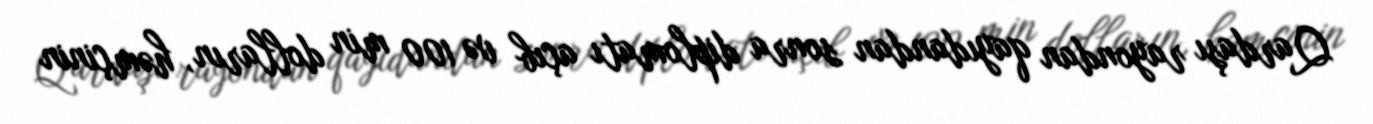
Qardaşı rayondan qayıdandan sonra diplomatı açıb və 100 min dolların, həmçinin